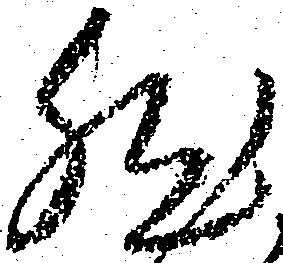
然